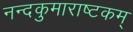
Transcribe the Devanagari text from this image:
नन्दकुमाराष्टकम्